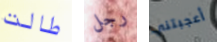
طالت رجل أعجبتني